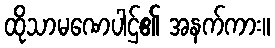
ထိုသာမဏေပါဌ်၏ အနက်ကား။